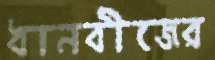
ধানবীজের